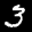
Label: 3